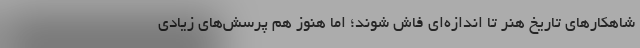
شاهکارهای تاریخ هنر تا اندازه‌ای فاش شوند؛ اما هنوز هم پرسش‌های زیادی